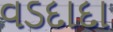
વડદાદા